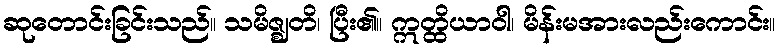
ဆုတောင်းခြင်းသည်။ သမိဇ္ဈတိ၊ ပြီး၏။ ဣတ္ထိယာဝါ၊ မိန်းမအားလည်းကောင်း။